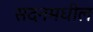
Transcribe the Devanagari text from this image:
सदनमधील